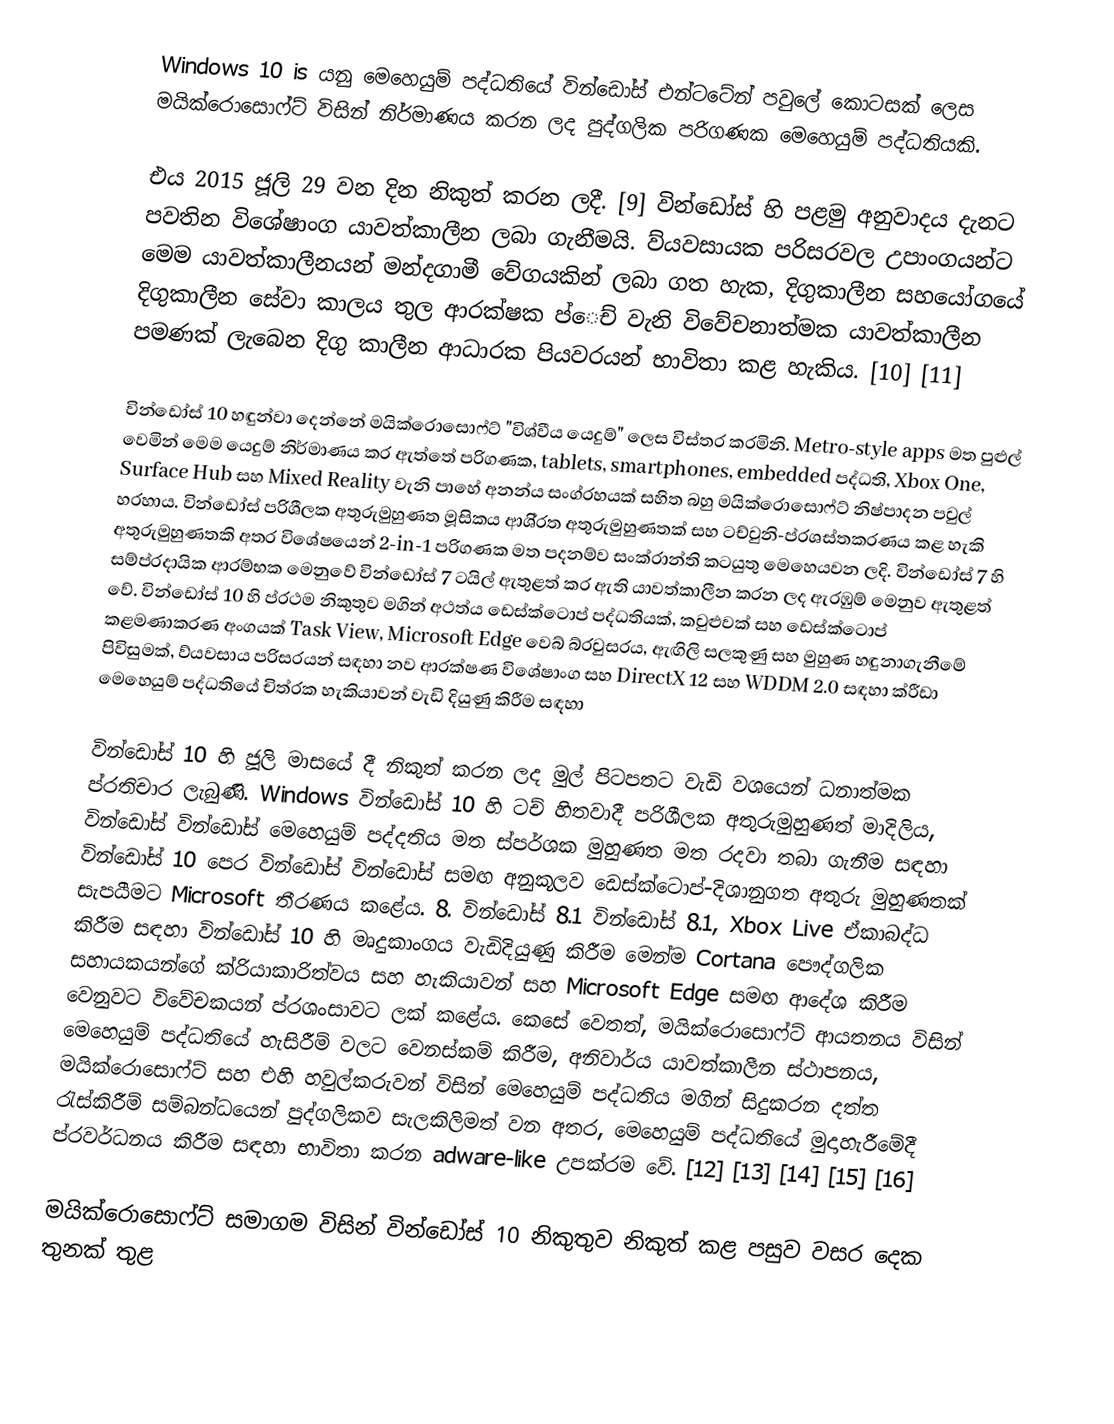
Windows 10 is යනු මෙහෙයුම් පද්ධතියේ වින්ඩෝස් එන්ටටේන් පවුලේ කොටසක් ලෙස මයික්රොසොෆ්ට් විසින් නිර්මාණය කරන ලද පුද්ගලික පරිගණක මෙහෙයුම් පද්ධතියකි.

එය 2015 ජූලි 29 වන දින නිකුත් කරන ලදී. [9] වින්ඩෝස් හි පළමු අනුවාදය දැනට පවතින විශේෂාංග යාවත්කාලීන ලබා ගැනීමයි. ව්යවසායක පරිසරවල උපාංගයන්ට මෙම යාවත්කාලීනයන් මන්දගාමී වේගයකින් ලබා ගත හැක, දිගුකාලීන සහයෝගයේ දිගුකාලීන සේවා කාලය තුල ආරක්ෂක ප්ෙච් වැනි විවේචනාත්මක යාවත්කාලීන පමණක් ලැබෙන දිගු කාලීන ආධාරක පියවරයන් භාවිතා කළ හැකිය. [10] [11]

වින්ඩෝස් 10 හඳුන්වා දෙන්නේ මයික්රොසොෆ්ට් "විශ්වීය යෙදුම්" ලෙස විස්තර කරමිනි. Metro-style apps මත පුළුල් වෙමින් මෙම යෙදුම් නිර්මාණය කර ඇත්තේ පරිගණක, tablets, smartphones, embedded පද්ධති, Xbox One, Surface Hub සහ Mixed Reality වැනි පාහේ අනන්ය සංග්රහයක් සහිත බහු මයික්රොසොෆ්ට් නිෂ්පාදන පවුල් හරහාය. වින්ඩෝස් පරිශීලක අතුරුමුහුණත මූසිකය ආශි්රත අතුරුමුහුණතක් සහ ටච්වුනි-ප්රශස්තකරණය කළ හැකි අතුරුමුහුණතකි අතර විශේෂයෙන් 2-in-1 පරිගණක මත පදනම්ව සංක්රාන්ති කටයුතු මෙහෙයවන ලදි. වින්ඩෝස් 7 හි සම්ප්රදායික ආරම්භක මෙනුවේ වින්ඩෝස් 7 ටයිල් ඇතුළත් කර ඇති යාවත්කාලීන කරන ලද ඇරඹුම් මෙනුව ඇතුළත් වේ. වින්ඩෝස් 10 හි ප්රථම නිකුතුව මගින් අථත්ය ඩෙස්ක්ටොප් පද්ධතියක්, කවුළුවක් සහ ඩෙස්ක්ටොප් කළමණාකරණ අංගයක් Task View, Microsoft Edge වෙබ් බ්රවුසරය, ඇඟිලි සලකුණු සහ මුහුණ හඳුනාගැනීමේ පිවිසුමක්, ව්යවසාය පරිසරයන් සඳහා නව ආරක්ෂණ විශේෂාංග සහ DirectX 12 සහ WDDM 2.0 සඳහා ක්රීඩා මෙහෙයුම් පද්ධතියේ චිත්රක හැකියාවන් වැඩි දියුණු කිරීම සඳහා

වින්ඩෝස් 10 හි ජූලි මාසයේ දී නිකුත් කරන ලද මුල් පිටපතට වැඩි වශයෙන් ධනාත්මක ප්රතිචාර ලැබුණි. Windows වින්ඩෝස් 10 හි ටච් හිතවාදී පරිශීලක අතුරුමුහුණත් මාදිලිය, වින්ඩෝස් වින්ඩෝස් මෙහෙයුම් පද්දතිය මත ස්පර්ශක මුහුණත මත රදවා තබා ගැනීම සඳහා වින්ඩෝස් 10 පෙර වින්ඩෝස් වින්ඩෝස් සමඟ අනුකූලව ඩෙස්ක්ටොප්-දිශානුගත අතුරු මුහුණතක් සැපයීමට Microsoft තීරණය කළේය. 8. වින්ඩෝස් 8.1 වින්ඩෝස් 8.1, Xbox Live ඒකාබද්ධ කිරීම සඳහා වින්ඩෝස් 10 හි මෘදුකාංගය වැඩිදියුණු කිරීම මෙන්ම Cortana පෞද්ගලික සහායකයන්ගේ ක්රියාකාරිත්වය සහ හැකියාවන් සහ Microsoft Edge සමඟ ආදේශ කිරීම වෙනුවට විවේචකයන් ප්රශංසාවට ලක් කළේය. කෙසේ වෙතත්, මයික්රොසොෆ්ට් ආයතනය විසින් මෙහෙයුම් පද්ධතියේ හැසිරීම් වලට වෙනස්කම් කිරීම, අනිවාර්ය යාවත්කාලීන ස්ථාපනය, මයික්රොසොෆ්ට් සහ එහි හවුල්කරුවන් විසින් මෙහෙයුම් පද්ධතිය මගින් සිදුකරන දත්ත රැස්කිරීම් සම්බන්ධයෙන් පුද්ගලිකව සැලකිලිමත් වන අතර, මෙහෙයුම් පද්ධතියේ මුදාහැරීමේදී ප්රවර්ධනය කිරීම සඳහා භාවිතා කරන adware-like උපක්රම වේ. [12] [13] [14] [15] [16]

මයික්රොසොෆ්ට් සමාගම විසින් වින්ඩෝස් 10 නිකුතුව නිකුත් කළ පසුව වසර දෙක තුනක් තුළ